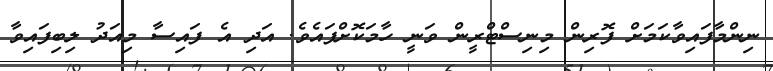
ނިންމާފައިވާކަމަށް ފޮރިން މިނިސްޓްރީން ވަނީ ހާމަކޮށްފައެވެ. އަދި އެ ފައިސާ މިއަދު ލިބިފައިވާ